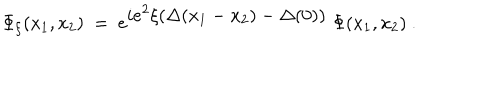
\Phi _ { \xi } ( x _ { 1 } , x _ { 2 } ) \ = \ e ^ { { \displaystyle i e ^ { 2 } \xi ( \Delta ( x _ { 1 } - x _ { 2 } ) - \Delta ( 0 ) ) } } \ \Phi ( x _ { 1 } , x _ { 2 } ) \ .